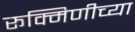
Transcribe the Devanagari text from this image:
रूक्मिणीच्या